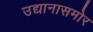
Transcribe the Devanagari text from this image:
उद्यानासमोर